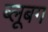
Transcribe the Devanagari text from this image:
ब्लूबग